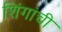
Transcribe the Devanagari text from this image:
शिंगांची